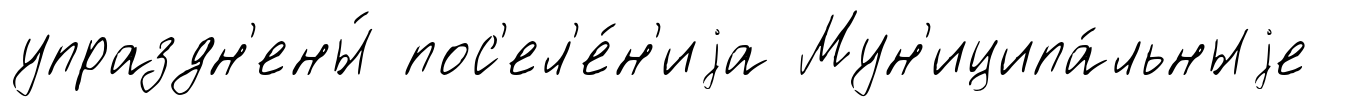
упраздн'ены́ пос'ел'е́н'иjа Мун'иципа́льныjе